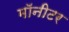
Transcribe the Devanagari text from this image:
माॅनीटर